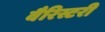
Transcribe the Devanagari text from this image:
वैरिस्टरी